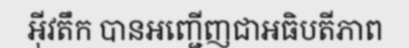
អ៊ីវតឹក បានអញ្ជើញជាអធិបតីភាព